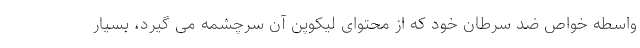
واسطه خواص ضد سرطان خود که از محتوای لیکوپن آن سرچشمه می گیرد، بسیار